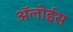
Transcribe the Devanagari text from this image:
ॲलोईस